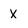
Character: X